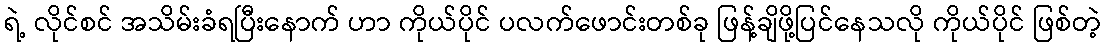
ရဲ့ လိုင်စင် အသိမ်းခံရပြီးနောက် ဟာ ကိုယ်ပိုင် ပလက်ဖောင်းတစ်ခု ဖြန့်ချိဖို့ပြင်နေသလို ကိုယ်ပိုင် ဖြစ်တဲ့